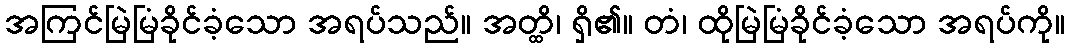
အကြင်မြဲမြံခိုင်ခံ့သော အရပ်သည်။ အတ္ထိ၊ ရှိ၏။ တံ၊ ထိုမြဲမြံခိုင်ခံ့သော အရပ်ကို။